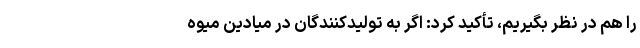
را هم در نظر بگیریم، تأکید کرد: اگر به تولیدکنندگان در میادین میوه